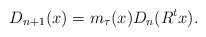
\begin{align*}D_{n+1}(x)=m_\tau(x)D_n(R^{t}x).\end{align*}